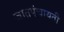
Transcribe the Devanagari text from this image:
जातपंचायती